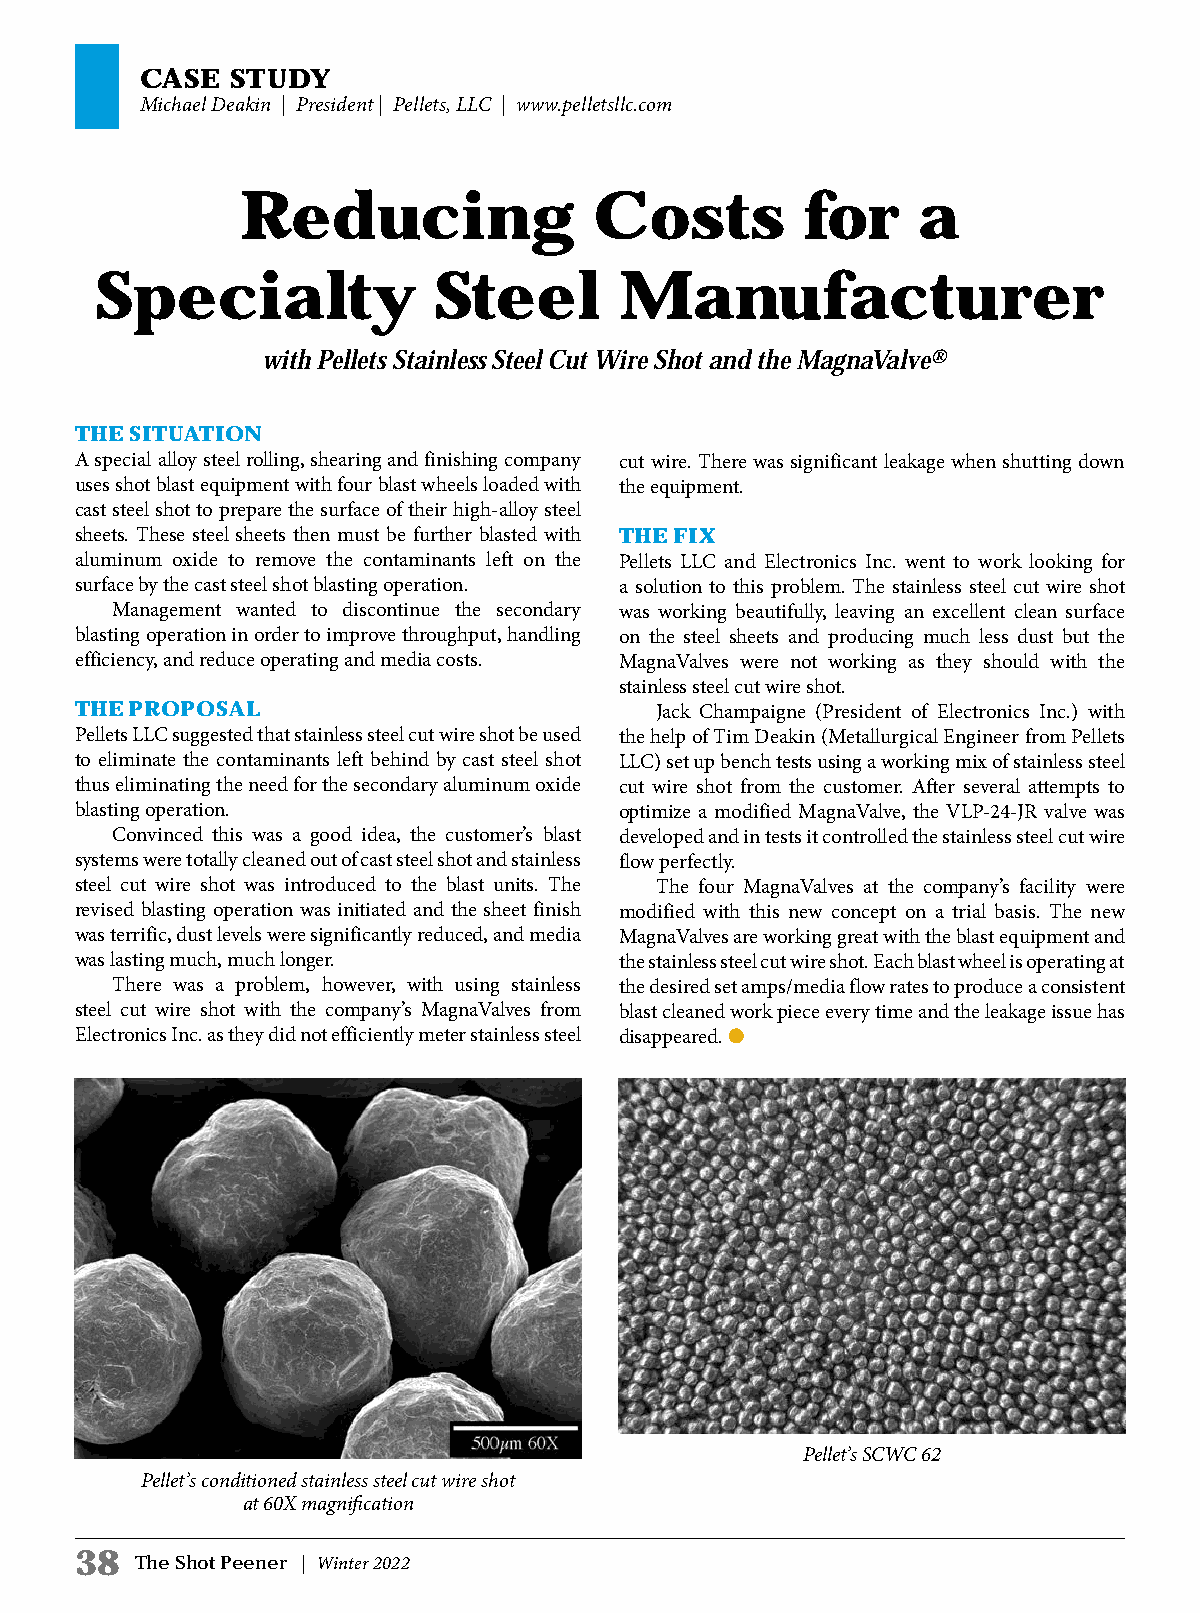
CASE  STUDY
 Michael Deakin | President | Pellets, LLC | www.pelletsllc.com
 Reducing               Costs         for     a
 Specialty              Steel       Manufacturer
 with Pellets Stainless Steel Cut Wire Shot and the MagnaValve®
 THE SITUATION
 A special alloy steel rolling, shearing and finishing company cut wire. There was significant leakage when shutting down
 uses shot blast equipment with four blast wheels loaded with the equipment.
 cast steel shot to prepare the surface of their high-alloy steel
 sheets. These steel sheets then must be further blasted with THE FIX
 aluminum oxide to remove the contaminants left on the Pellets LLC and Electronics Inc. went to work looking for
 surface by the cast steel shot blasting operation. a solution to this problem. The stainless steel cut wire shot
 Management wanted to discontinue the secondary was working beautifully, leaving an excellent clean surface
 blasting operation in order to improve throughput, handling on the steel sheets and producing much less dust but the
 efficiency, and reduce operating and media costs. MagnaValves were not working as they should with the
 stainless steel cut wire shot.
 THE PROPOSAL                          Jack Champaigne (President of Electronics Inc.) with
 Pellets LLC suggested that stainless steel cut wire shot be used the help of Tim Deakin (Metallurgical Engineer from Pellets
 to eliminate the contaminants left behind by cast steel shot LLC) set up bench tests using a working mix of stainless steel
 thus eliminating the need for the secondary aluminum oxide cut wire shot from the customer. After several attempts to
 blasting operation.                 optimize a modified MagnaValve, the VLP-24-JR valve was
 Convinced this was a good idea, the customer’s blast developed and in tests it controlled the stainless steel cut wire
 systems were totally cleaned out of cast steel shot and stainless flow perfectly.
 steel cut wire shot was introduced to the blast units. The The four MagnaValves at the company’s facility were
 revised blasting operation was initiated and the sheet finish modified with this new concept on a trial basis. The new
 was terrific, dust levels were significantly reduced, and media MagnaValves are working great with the blast equipment and
 was lasting much, much longer.      the stainless steel cut wire shot. Each blast wheel is operating at
 There was a problem, however, with using stainless the desired set amps/media flow rates to produce a consistent
 steel cut wire shot with the company’s MagnaValves from blast cleaned work piece every time and the leakage issue has
 Electronics Inc. as they did not efficiently meter stainless steel disappeared. l
 Pellet’s SCWC 62
 Pellet’s conditioned stainless steel cut wire shot
 at 60X magnification
 38
 The Shot Peener | Winter 2022